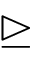
\trianglerighteq